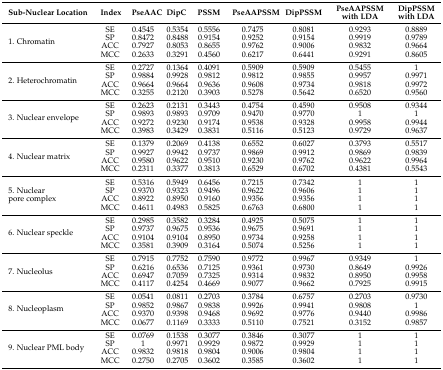
<table><thead><tr><td><b>Sub-Nuclear Location</b></td><td><b>Index</b></td><td><b>PseAAC</b></td><td><b>DipC</b></td><td><b>PSSM</b></td><td><b>PseAAPSSM</b></td><td><b>DipPSSM</b></td><td><b>PseAAPSSM with LDA</b></td><td><b>DipPSSM with LDA</b></td></tr></thead><tbody><tr><td rowspan="4">1. Chromatin</td><td>SE</td><td>0.4545</td><td>0.5354</td><td>0.5556</td><td>0.7475</td><td>0.8081</td><td>0.9293</td><td>0.8889</td></tr><tr><td>SP</td><td>0.8472</td><td>0.8488</td><td>0.9154</td><td>0.9252</td><td>0.9154</td><td>0.9919</td><td>0.9789</td></tr><tr><td>ACC</td><td>0.7927</td><td>0.8053</td><td>0.8655</td><td>0.9762</td><td>0.9006</td><td>0.9832</td><td>0.9664</td></tr><tr><td>MCC</td><td>0.2633</td><td>0.3291</td><td>0.4560</td><td>0.6217</td><td>0.6441</td><td>0.9291</td><td>0.8605</td></tr><tr><td rowspan="4">2. Heterochromatin</td><td>SE</td><td>0.2727</td><td>0.1364</td><td>0.4091</td><td>0.5909</td><td>0.5909</td><td>0.5455</td><td>1</td></tr><tr><td>SP</td><td>0.9884</td><td>0.9928</td><td>0.9812</td><td>0.9812</td><td>0.9855</td><td>0.9957</td><td>0.9971</td></tr><tr><td>ACC</td><td>0.9664</td><td>0.9664</td><td>0.9636</td><td>0.9608</td><td>0.9734</td><td>0.9818</td><td>0.9972</td></tr><tr><td>MCC</td><td>0.3255</td><td>0.2120</td><td>0.3903</td><td>0.5278</td><td>0.5642</td><td>0.6520</td><td>0.9560</td></tr><tr><td rowspan="4">3. Nuclear envelope</td><td>SE</td><td>0.2623</td><td>0.2131</td><td>0.3443</td><td>0.4754</td><td>0.4590</td><td>0.9508</td><td>0.9344</td></tr><tr><td>SP</td><td>0.9893</td><td>0.9893</td><td>0.9709</td><td>0.9470</td><td>0.9770</td><td>1</td><td>1</td></tr><tr><td>ACC</td><td>0.9272</td><td>0.9230</td><td>0.9174</td><td>0.9538</td><td>0.9328</td><td>0.9958</td><td>0.9944</td></tr><tr><td>MCC</td><td>0.3983</td><td>0.3429</td><td>0.3831</td><td>0.5116</td><td>0.5123</td><td>0.9729</td><td>0.9637</td></tr><tr><td rowspan="4">4. Nuclear matrix</td><td>SE</td><td>0.1379</td><td>0.2069</td><td>0.4138</td><td>0.6552</td><td>0.6027</td><td>0.3793</td><td>0.5517</td></tr><tr><td>SP</td><td>0.9927</td><td>0.9942</td><td>0.9737</td><td>0.9869</td><td>0.9912</td><td>0.9869</td><td>0.9839</td></tr><tr><td>ACC</td><td>0.9580</td><td>0.9622</td><td>0.9510</td><td>0.9230</td><td>0.9762</td><td>0.9622</td><td>0.9964</td></tr><tr><td>MCC</td><td>0.2311</td><td>0.3377</td><td>0.3813</td><td>0.6529</td><td>0.6702</td><td>0.4381</td><td>0.5543</td></tr><tr><td rowspan="4">5. Nuclear pore complex</td><td>SE</td><td>0.5316</td><td>0.5949</td><td>0.6456</td><td>0.7215</td><td>0.7342</td><td>1</td><td>1</td></tr><tr><td>SP</td><td>0.9370</td><td>0.9323</td><td>0.9496</td><td>0.9622</td><td>0.9606</td><td>1</td><td>1</td></tr><tr><td>ACC</td><td>0.8922</td><td>0.8950</td><td>0.9160</td><td>0.9356</td><td>0.9356</td><td>1</td><td>1</td></tr><tr><td>MCC</td><td>0.4611</td><td>0.4983</td><td>0.5825</td><td>0.6763</td><td>0.6800</td><td>1</td><td>1</td></tr><tr><td rowspan="4">6. Nuclear speckle</td><td>SE</td><td>0.2985</td><td>0.3582</td><td>0.3284</td><td>0.4925</td><td>0.5075</td><td>1</td><td>1</td></tr><tr><td>SP</td><td>0.9737</td><td>0.9675</td><td>0.9536</td><td>0.9675</td><td>0.9691</td><td>1</td><td>1</td></tr><tr><td>ACC</td><td>0.9104</td><td>0.9104</td><td>0.8950</td><td>0.9734</td><td>0.9258</td><td>1</td><td>1</td></tr><tr><td>MCC</td><td>0.3581</td><td>0.3909</td><td>0.3164</td><td>0.5074</td><td>0.5256</td><td>1</td><td>1</td></tr><tr><td rowspan="4">7. Nucleolus</td><td>SE</td><td>0.7915</td><td>0.7752</td><td>0.7590</td><td>0.9772</td><td>0.9967</td><td>0.9349</td><td>1</td></tr><tr><td>SP</td><td>0.6216</td><td>0.6536</td><td>0.7125</td><td>0.9361</td><td>0.9730</td><td>0.8649</td><td>0.9926</td></tr><tr><td>ACC</td><td>0.6947</td><td>0.7059</td><td>0.7325</td><td>0.9314</td><td>0.9832</td><td>0.8950</td><td>0.9958</td></tr><tr><td>MCC</td><td>0.4117</td><td>0.4254</td><td>0.4669</td><td>0.9077</td><td>0.9662</td><td>0.7925</td><td>0.9915</td></tr><tr><td rowspan="4">8. Nucleoplasm</td><td>SE</td><td>0.0541</td><td>0.0811</td><td>0.2703</td><td>0.3784</td><td>0.6757</td><td>0.2703</td><td>0.9730</td></tr><tr><td>SP</td><td>0.9852</td><td>0.9867</td><td>0.9838</td><td>0.9926</td><td>0.9941</td><td>0.9808</td><td>1</td></tr><tr><td>ACC</td><td>0.9370</td><td>0.9398</td><td>0.9468</td><td>0.9692</td><td>0.9776</td><td>0.9440</td><td>0.9986</td></tr><tr><td>MCC</td><td>0.0677</td><td>0.1169</td><td>0.3333</td><td>0.5110</td><td>0.7521</td><td>0.3152</td><td>0.9857</td></tr><tr><td rowspan="4">9. Nuclear PML body</td><td>SE</td><td>0.0769</td><td>0.1538</td><td>0.3077</td><td>0.3846</td><td>0.3077</td><td>1</td><td>1</td></tr><tr><td>SP</td><td>1</td><td>0.9971</td><td>0.9929</td><td>0.9872</td><td>0.9929</td><td>1</td><td>1</td></tr><tr><td>ACC</td><td>0.9832</td><td>0.9818</td><td>0.9804</td><td>0.9006</td><td>0.9804</td><td>1</td><td>1</td></tr><tr><td>MCC</td><td>0.2750</td><td>0.2705</td><td>0.3602</td><td>0.3585</td><td>0.3602</td><td>1</td><td>1</td></tr></tbody></table>